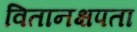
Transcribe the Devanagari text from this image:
वितानक्षपता